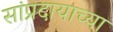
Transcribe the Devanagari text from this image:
सांप्रदायाच्या